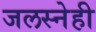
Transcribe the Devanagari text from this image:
जलस्नेही